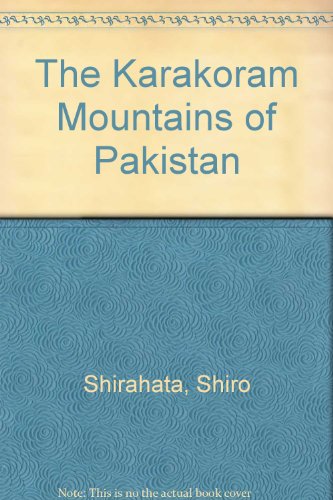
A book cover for The Karakoram Mountains of Pakistan; Shiro Shirahata; Travel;